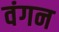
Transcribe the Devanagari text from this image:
वंगन